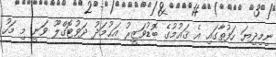
ނިމިދިޔަ ހަފުތާގައި އެ ޤައުމުގެ ބޮޑުވަޒީރު އަޙުމަދު ދަވުޓޮގްލޫ ވަނީ މި މަހު